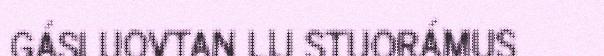
GÁSLUOVTAN LIJ STUORÁMUS